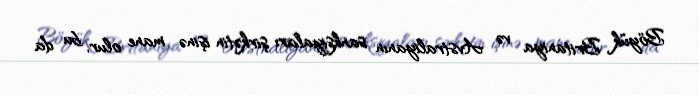
Böyük Britaniya və Avstraliyanın sanksiyaları şirkətin işinə mane olur, bu da